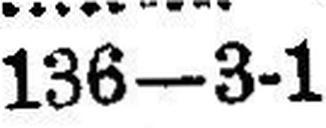
136—3-1